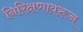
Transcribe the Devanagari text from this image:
निरिक्षणावरून